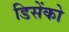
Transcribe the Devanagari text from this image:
डिसेंको